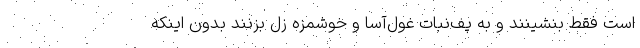
است فقط بنشینند و به پف‌نبات غول‌آسا و خوشمزه زل بزنند بدون اینکه